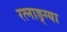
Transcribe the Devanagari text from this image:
रत्नाङ्ग्या